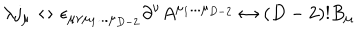
LaTeX: \lambda j _ { \mu } \leftrightarrow \epsilon _ { \mu \nu \mu _ { 1 } . . . \mu _ { D - 2 } } \partial ^ { \nu } A ^ { \mu _ { 1 } . . . \mu _ { D - 2 } } \leftrightarrow ( D - 2 ) ! B _ { \mu }